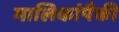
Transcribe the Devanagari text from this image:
मालिकांपैकी